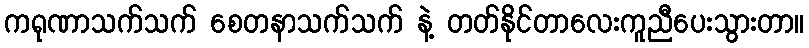
ကရုဏာသက်သက် စေတနာသက်သက် နဲ့ တတ်နိုင်တာလေးကူညီပေးသွားတာ။